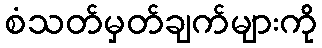
စံသတ်မှတ်ချက်များကို